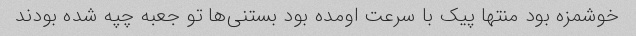
خوشمزه بود منتها پیک با سرعت اومده بود بستنی‌ها تو جعبه چپه شده بودند